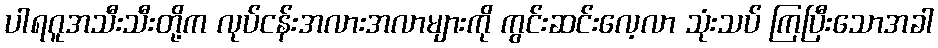
ပါရဂူအသီးသီးတို့က လုပ်ငန်းအလားအလာများကို ကွင်းဆင်းလေ့လာ သုံးသပ် ကြပြီးသောအခါ